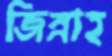
জিন্নাহ